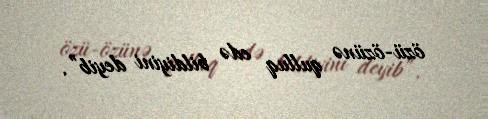
özü-özünə qulluq edə bildiyini deyib”.